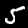
Digit: 5